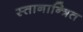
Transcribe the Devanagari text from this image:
स्तानान्त्रित